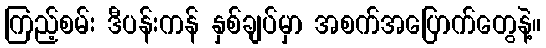
ကြည့်စမ်း ဒီပန်းကန် နှစ်ချပ်မှာ အစက်အပြောက်တွေနဲ့။